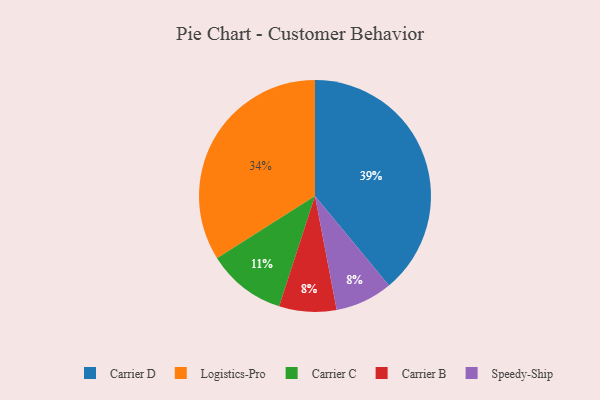
{"axis": {"x": "Category", "y": "Percentage"}, "legend": ["Carrier B", "Carrier C", "Carrier D", "Logistics-Pro", "Speedy-Ship"], "data": [{"x": "Carrier D", "y": 39, "type": "Carrier D"}, {"x": "Carrier C", "y": 11, "type": "Carrier C"}, {"x": "Carrier B", "y": 8, "type": "Carrier B"}, {"x": "Speedy-Ship", "y": 8, "type": "Speedy-Ship"}, {"x": "Logistics-Pro", "y": 34, "type": "Logistics-Pro"}]}